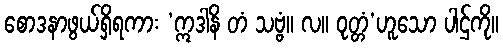
စောဒနာဖွယ်ရှိရကား ‘ဣဒါနိ တံ သဗ္ဗံ။ လ။ ဝုတ္တံ’ဟူသော ပါဌ်ကို။